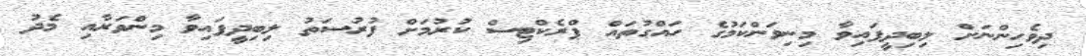
ދިވެހިންނަށް ލިބިދީފައިވާ މިނިވަންކަމުގެ ހައްގުތައް ޕްރެކްޓިސް ކުރުމަށް ފުރުސަތު ލިބިދީފައިވާ މިންވަރާއި މެދު